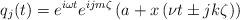
LaTeX: \begin{align*}q_{j}(t)=e^{i\omega t}e^{ijm\zeta}\left( a+x\left( \nu t\pm jk\zeta\right)\right) \end{align*}